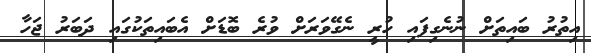
އިތުރު ބައިތަށް ނުނެގިފައި ހުރީ ނެގޭވަރަށް ވުރެ ބޮޑަށް އެބައިތަކުގައި ދަބަރު ޖަހާ